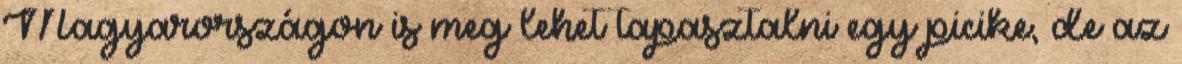
Magyarországon is meg lehet tapasztalni egy picike, de az